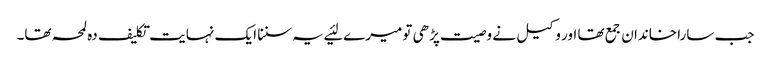
جب سارا خاندان جمع تھا اور وکیل نے وصیت پڑھی تو میرے لئیے یہ سننا ایک نہایت تکلیف دہ لمحہ تھا۔